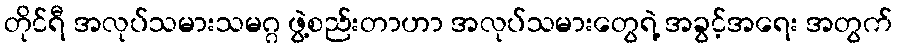
တိုင်ရီ အလုပ်သမားသမဂ္ဂ ဖွဲ့စည်းတာဟာ အလုပ်သမားတွေရဲ့ အခွင့်အရေး အတွက်